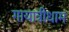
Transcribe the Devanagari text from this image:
गायात्रीधाम